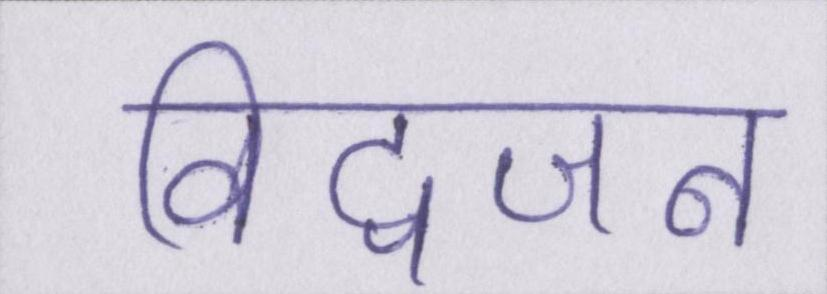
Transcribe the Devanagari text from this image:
विद्वजन